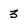
Character: 3